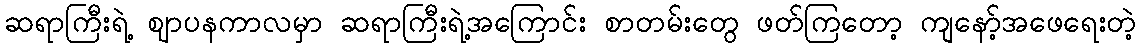
ဆရာကြီးရဲ့ ဈာပနကာလမှာ ဆရာကြီးရဲ့အကြောင်း စာတမ်းတွေ ဖတ်ကြတော့ ကျနော့်အဖေရေးတဲ့